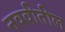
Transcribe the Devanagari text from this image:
नववीतील